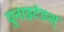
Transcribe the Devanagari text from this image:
युनाइटेडश्